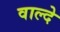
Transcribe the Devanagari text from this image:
वाल्दे